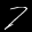
Label: 7